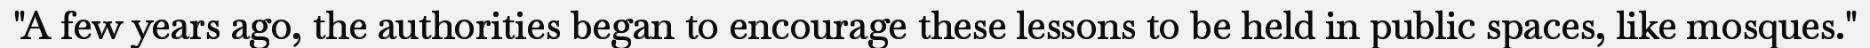
"A few years ago, the authorities began to encourage these lessons to be held in public spaces, like mosques."